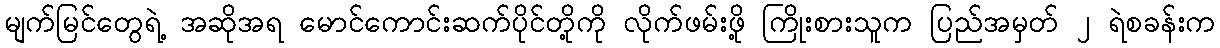
မျက်မြင်တွေရဲ့ အဆိုအရ မောင်ကောင်းဆက်ပိုင်တို့ကို လိုက်ဖမ်းဖို့ ကြိုးစားသူက ပြည်အမှတ် ၂ ရဲစခန်းက